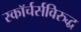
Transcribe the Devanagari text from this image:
स्कॉर्चर्सविरुद्ध